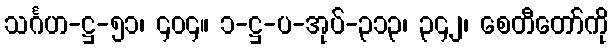
သင်္ဂဟ-ဋ္ဌ-၅၁၊ ၄၀၄။ ၁-ဋ္ဌ-ပ-အုပ်-၃၁၃၊ ၃၄၂၊ စေတီတော်ကို